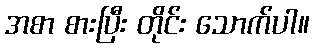
အစာ စားပြီး တိုင်း သောက်ပါ။